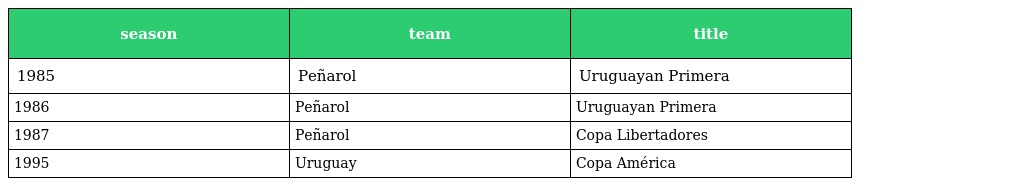
| season | team | title |
 | --- | --- | --- |
 | 1985 | Peñarol | Uruguayan Primera |
 | 1986 | Peñarol | Uruguayan Primera |
 | 1987 | Peñarol | Copa Libertadores |
 | 1995 | Uruguay | Copa América |